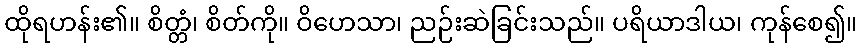
ထိုရဟန်း၏။ စိတ္တံ၊ စိတ်ကို။ ဝိဟေသာ၊ ညဉ်းဆဲခြင်းသည်။ ပရိယာဒါယ၊ ကုန်စေ၍။